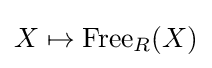
X\mapsto \operatorname {Free} _{R}(X)